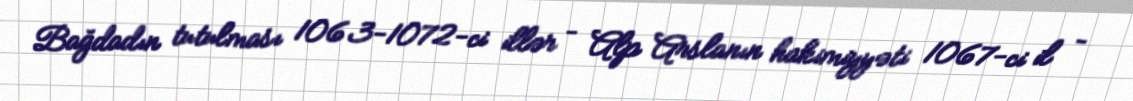
Bağdadın tutulması 1063-1072-ci illər – Alp Arslanın hakimiyyəti 1067-ci il –